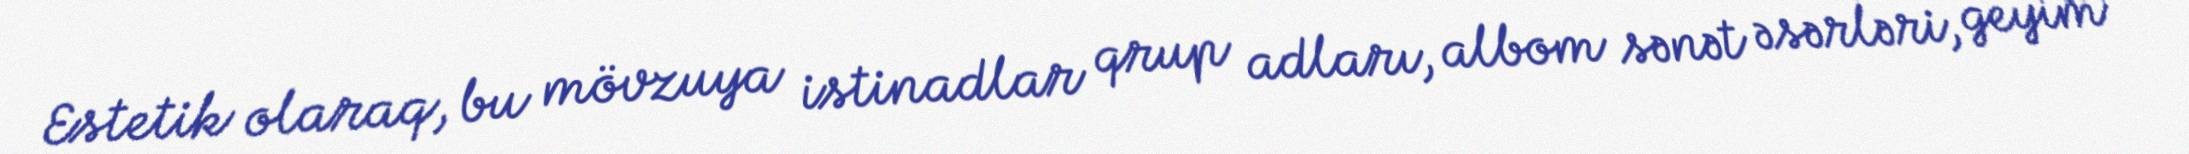
Estetik olaraq, bu mövzuya istinadlar qrup adları, albom sənət əsərləri, geyim